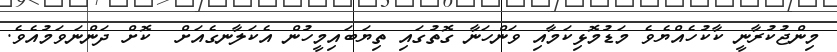
މިންޖުކުރާނީ ކާކުހެއްޔެވެެ މަޑުމޮޅިކަމާއި ވަންހަނާ ގޮތުގައި ތިޔަބައިމީހުން އެކަލާނގެއަށް  ކޮށް ދަންނަވަމުއެވެ.